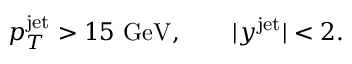
p _ { T } ^ { \mathrm { j e t } } > 1 5 ~ \mathrm { G e V } , \qquad | y ^ { \mathrm { j e t } } | < 2 .